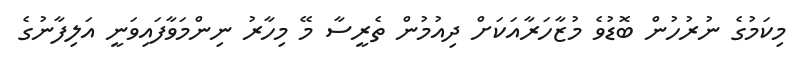
މިކަމުގެ ނުރުހުން ބޮޑުވެ މުޒާހަރާއަކަށް ދިއުމުން ތެރީސާ މޭ މިހާރު ނިންމަވާފައިވަނީ އަލިފާނުގެ